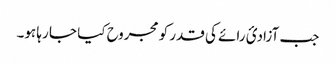
جب آزادیٔ رائے کی قدر کو مجروح کیا جا رہا ہو۔